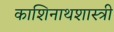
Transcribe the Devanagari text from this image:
काशिनाथशास्त्री